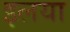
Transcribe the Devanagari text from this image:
इलया